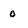
Character: 0